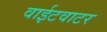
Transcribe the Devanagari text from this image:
वाईटवाटर